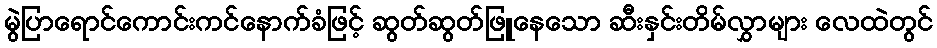
မွဲပြာရောင်ကောင်းကင်နောက်ခံဖြင့် ဆွတ်ဆွတ်ဖြူနေသော ဆီးနှင်းတိမ်လွှာများ လေထဲတွင်